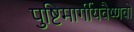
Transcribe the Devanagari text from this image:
पुष्टिमार्गीयवैष्णवों